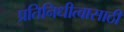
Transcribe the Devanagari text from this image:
प्रतिनिधीत्वासाठी